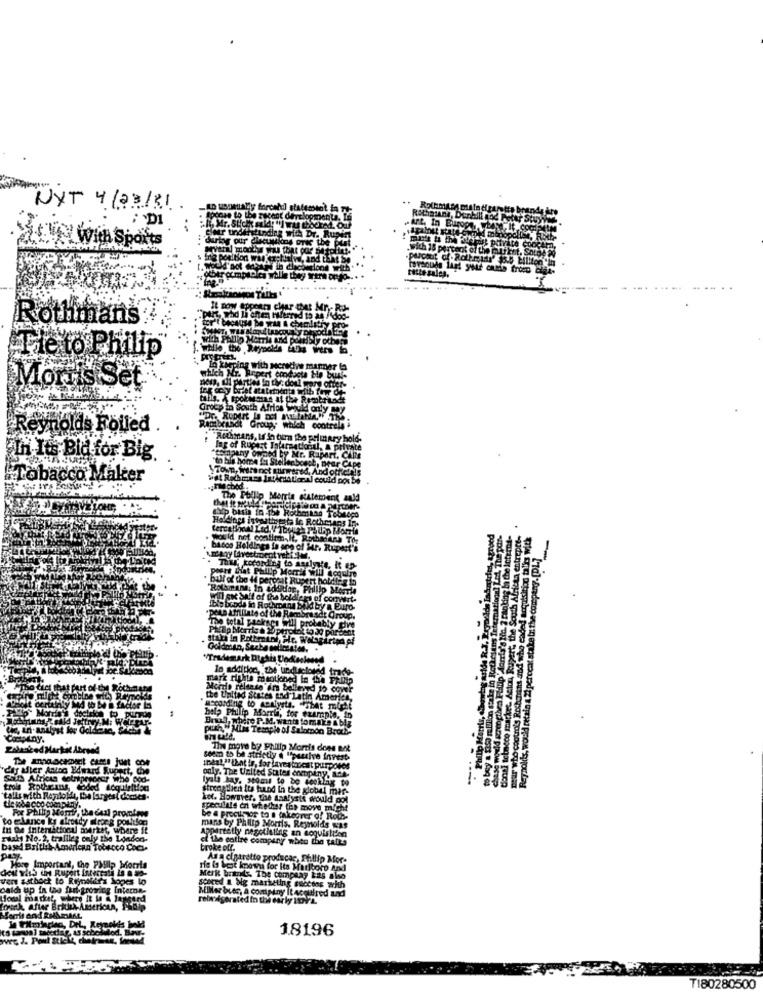
NYT 4/23/81
:DI
Dr. Rupert
With Sports
is the plat
Kornmans
alle to Philip
Morris Set
Reynolds Foiled .
H. It& Bid for Big
ter
strepce-
ein Rcthesims Teter
Aston Ruy
perceat st
bal, Philip Morris, for example, in
Brual, where P.M. wants tomake a big
Min Temple of Salomon Brorb-
Company.
The move by Philip Morris does Bot
The announcement cams just com
seem to be strictly a "psuivre invest
"day after Antag Edward Rupert, Che
:next,1ª that te, for laves tocat purposes
South Africas sotripesonar whe pod-
only. The United States encupiny, Ich-
lyals bay. 3toms to be seeking to
strengtlien its hand In the global mer-
"talls with Repitolidt, the largest demses-
ket. However, The analysts would pol
For Philip Morris, the coal promises
speculate en whether the move micht
to elance ks afrosty mirorg poulton
be a procu por to a (hikeover o! Rodo-
In De International market, where it
mans by Philip Morris. Reynolds was
Appartetly negotiating an acquistiden
Malt No. 2, tralile; cely the London-
ci the entire company when the talks
based British American Tobacco Coca-
broke off.
As a cigarette producac, Philip Mor-
deut ris Ur Rupert Interrata is a so-
Hong Important, the PMllp Morris
ris la bot known for its Marlboro And
ere ssthock to Rijnalara hoges lo
Merk brands. The company 129 also
bald up in taa fait- growing Interon.
ag Interna-
MIMer bues, a company It acquired and
scared a big marketing success with
fonal market, where It in A langerd
tounk, After BritishAmerican, Filip
DHL.
18196
T180280500